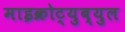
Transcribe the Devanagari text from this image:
माइक्रोट्युब्युल